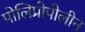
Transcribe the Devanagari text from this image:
पोलिप्रोपोलीन